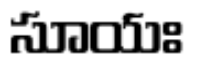
సూయః